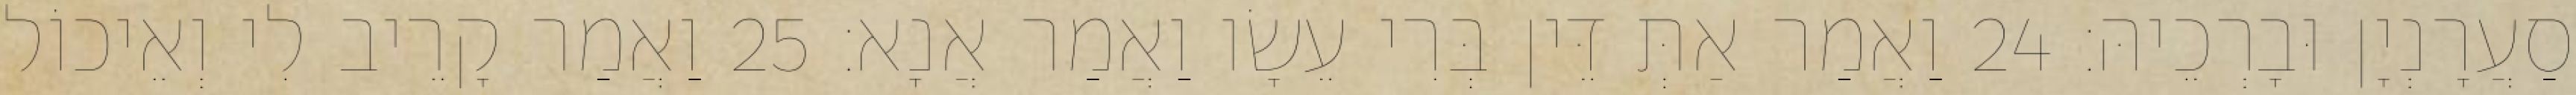
סַעֲרָנְיָן וּבָרְכֵיהּ׃ 24 וַאֲמַר אַתְּ דֵּין בְּרִי עֵשָׂו וַאֲמַר אֲנָא׃ 25 וַאֲמַר קָרֵיב לִי וְאֵיכוֹל